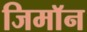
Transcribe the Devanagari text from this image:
जिमाॅन